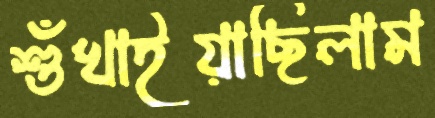
শুঁখাইয়াছিলাম